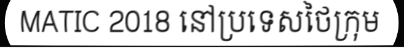
MATIC 2018 នៅប្រទេសថៃក្រុម